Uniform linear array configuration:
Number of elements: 16
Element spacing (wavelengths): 0.75
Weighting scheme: uniform
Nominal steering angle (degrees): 30
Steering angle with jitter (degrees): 31.407
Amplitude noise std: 0.05
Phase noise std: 0.05

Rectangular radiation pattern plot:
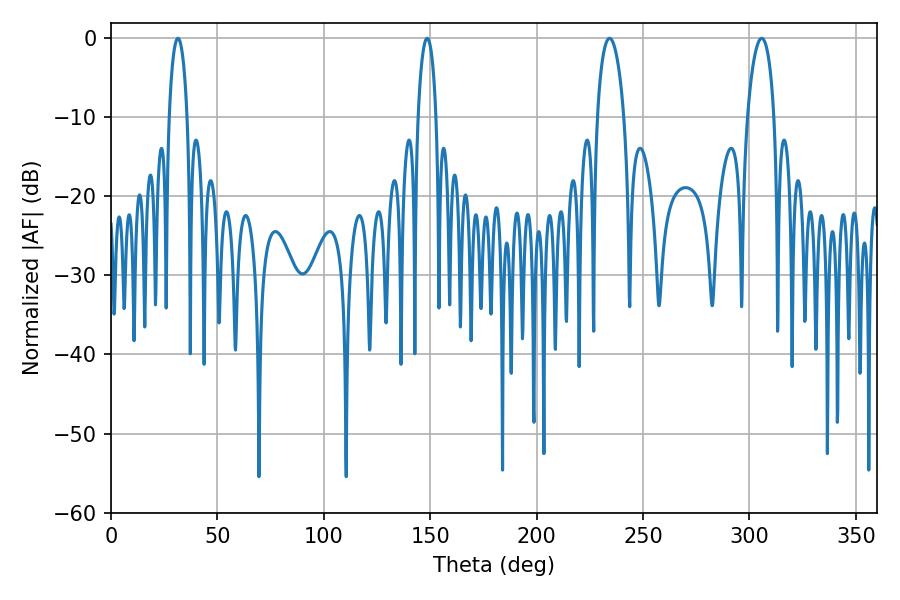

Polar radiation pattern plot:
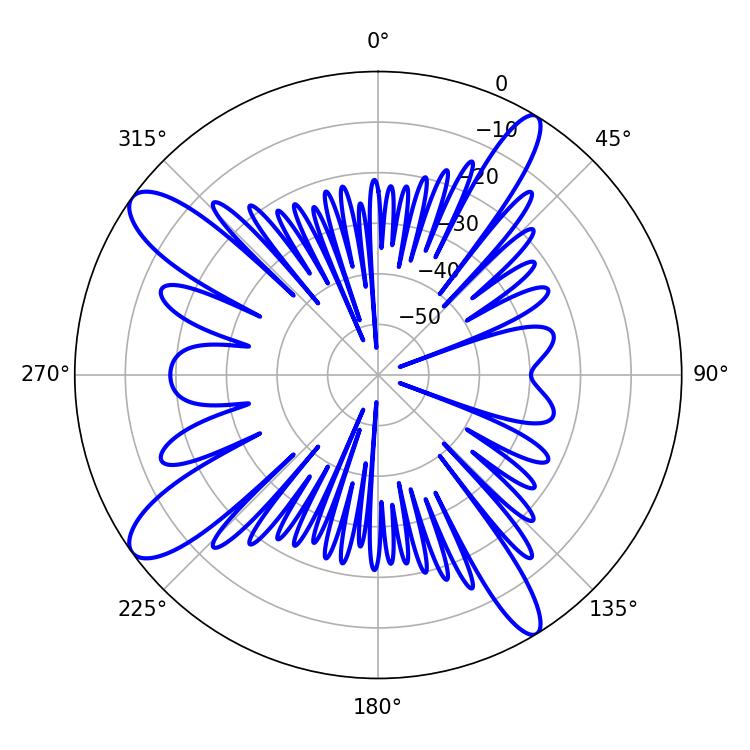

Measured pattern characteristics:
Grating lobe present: TRUE
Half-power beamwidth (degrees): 7.2
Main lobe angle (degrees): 305.82